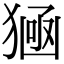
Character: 𤠀